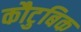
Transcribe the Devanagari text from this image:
कौटुबिक